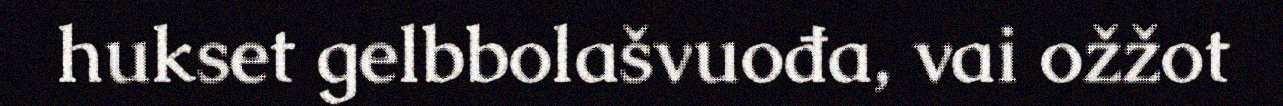
hukset gelbbolašvuođa, vai ožžot